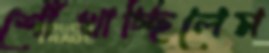
শোঁখাচ্ছিলেম